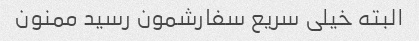
البته خیلی سریع سفارشمون رسید ممنون